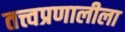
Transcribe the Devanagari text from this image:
तत्त्वप्रणालीला